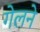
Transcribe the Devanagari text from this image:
गेलने